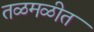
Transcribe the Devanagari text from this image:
तळमळीत